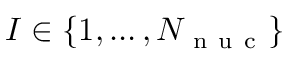
I \in \lbrace 1 , \dots , { N _ { \mathrm { ~ n ~ u ~ c ~ } } } \rbrace